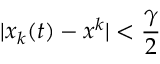
| x _ { k } ( t ) - x ^ { k } | < \frac { \gamma } { 2 }